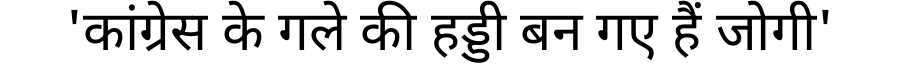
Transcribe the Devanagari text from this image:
'कांग्रेस के गले की हड्डी बन गए हैं जोगी'